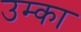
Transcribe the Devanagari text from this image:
उम्का